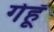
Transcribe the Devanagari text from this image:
गेहूॅ